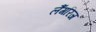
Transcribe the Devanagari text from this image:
लैंगरिज